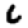
Digit: 6